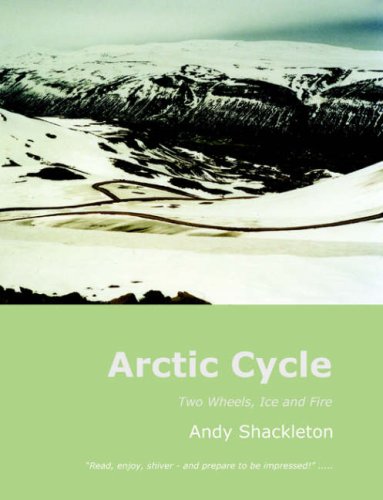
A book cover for Arctic Cycle: Two Wheels, Ice and Fire; Andy Shackleton; Travel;